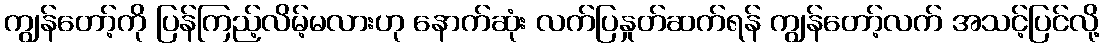
ကျွန်တော့်ကို ပြန်ကြည့်လိမ့်မလားဟု နောက်ဆုံး လက်ပြနှုတ်ဆက်ရန် ကျွန်တော့်လက် အသင့်ပြင်လို့